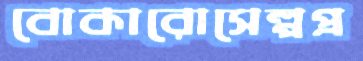
বোকারোসেল্পপ্র